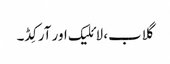
گلاب، لائلیک اور آرکِڈ۔